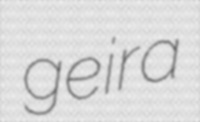
geira